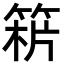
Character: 𥯻